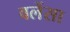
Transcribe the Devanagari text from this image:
वलेंसा